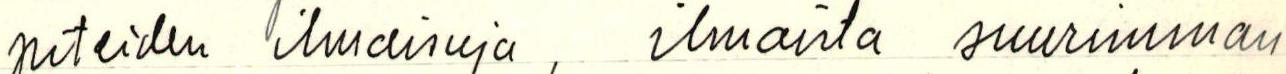
piteiden ilmaisuja, ilmaista suurimman